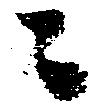
ニ